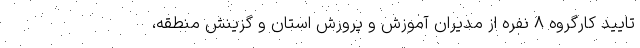
تایید کارگروه ۸ نفره از مدیران آموزش و پرورش استان و گزینش منطقه،